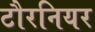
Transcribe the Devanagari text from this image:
टौरनियर